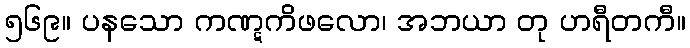
၅၆၉။ ပနသော ကဏ္ဋကိဖလော၊ အဘယာ တု ဟရီတကီ။